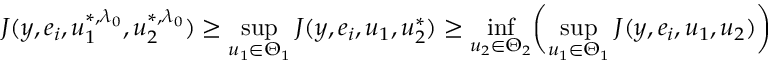
J ( y , e _ { i } , u _ { 1 } ^ { * , \lambda _ { 0 } } , u _ { 2 } ^ { * , \lambda _ { 0 } } ) \geq \operatorname* { s u p } _ { u _ { 1 } \in \Theta _ { 1 } } J ( y , e _ { i } , u _ { 1 } , u _ { 2 } ^ { * } ) \geq \operatorname* { i n f } _ { u _ { 2 } \in \Theta _ { 2 } } \biggl ( \operatorname* { s u p } _ { u _ { 1 } \in \Theta _ { 1 } } J ( y , e _ { i } , u _ { 1 } , u _ { 2 } ) \biggr )